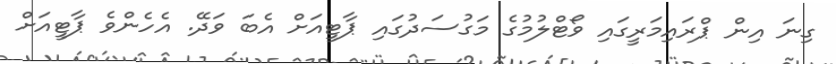
ގިނަ އިން ޕްރައިމަރީގައި ވޯޓްލުމުގެ މަގުސަދުގައި ޕާޓީއަށް އެބަ ވަދޭ. އެހެންވެ ޕާޓީއަށް